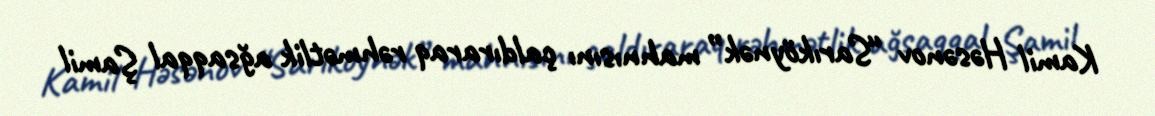
Kamil Həsənov “Sarıköynək” mahnısını çaldıraraq rəhmətlik ağsaqqal Şamil